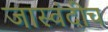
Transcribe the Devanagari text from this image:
जास्वंदीच